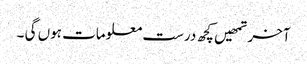
آخر تمھیں کچھ درست معلومات ہوں گی ۔